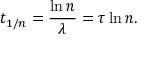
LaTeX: t _ { 1 / n } = { \frac { \ln n } { \lambda } } = \tau \ln n .